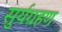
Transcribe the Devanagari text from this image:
सुर्यग्रहण